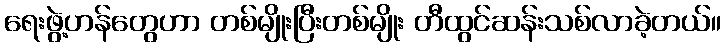
ရေးဖွဲ့ဟန်တွေဟာ တစ်မျိုးပြီးတစ်မျိုး တီထွင်ဆန်းသစ်လာခဲ့တယ်။